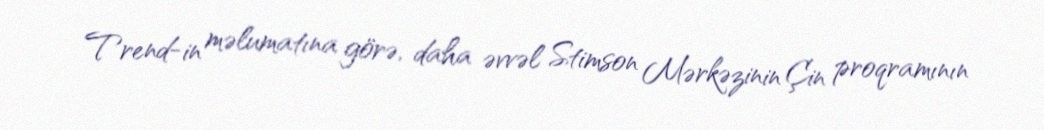
Trend-in məlumatına görə, daha əvvəl Stimson Mərkəzinin Çin proqramının